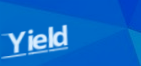
Yield